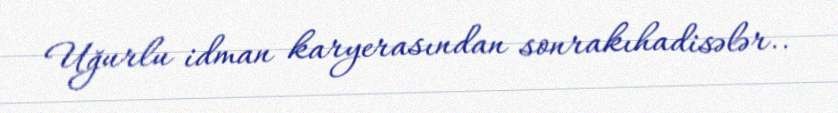
Uğurlu idman karyerasından sonrakıhadisələr..